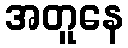
အတူနေ